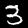
Digit: 3